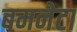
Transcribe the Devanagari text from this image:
बमनेटा